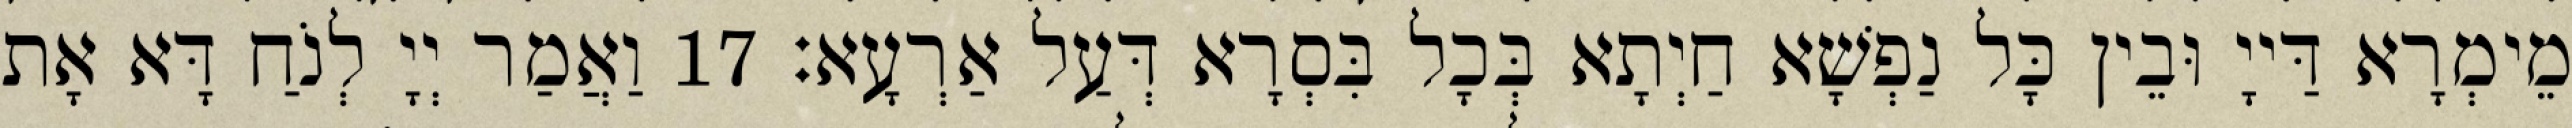
מֵימְרָא דַּייָ וּבֵין כָּל נַפְשָׁא חַיְתָא בְּכָל בִּסְרָא דְּעַל אַרְעָא׃ 17 וַאֲמַר יְיָ לְנֹחַ דָּא אָת